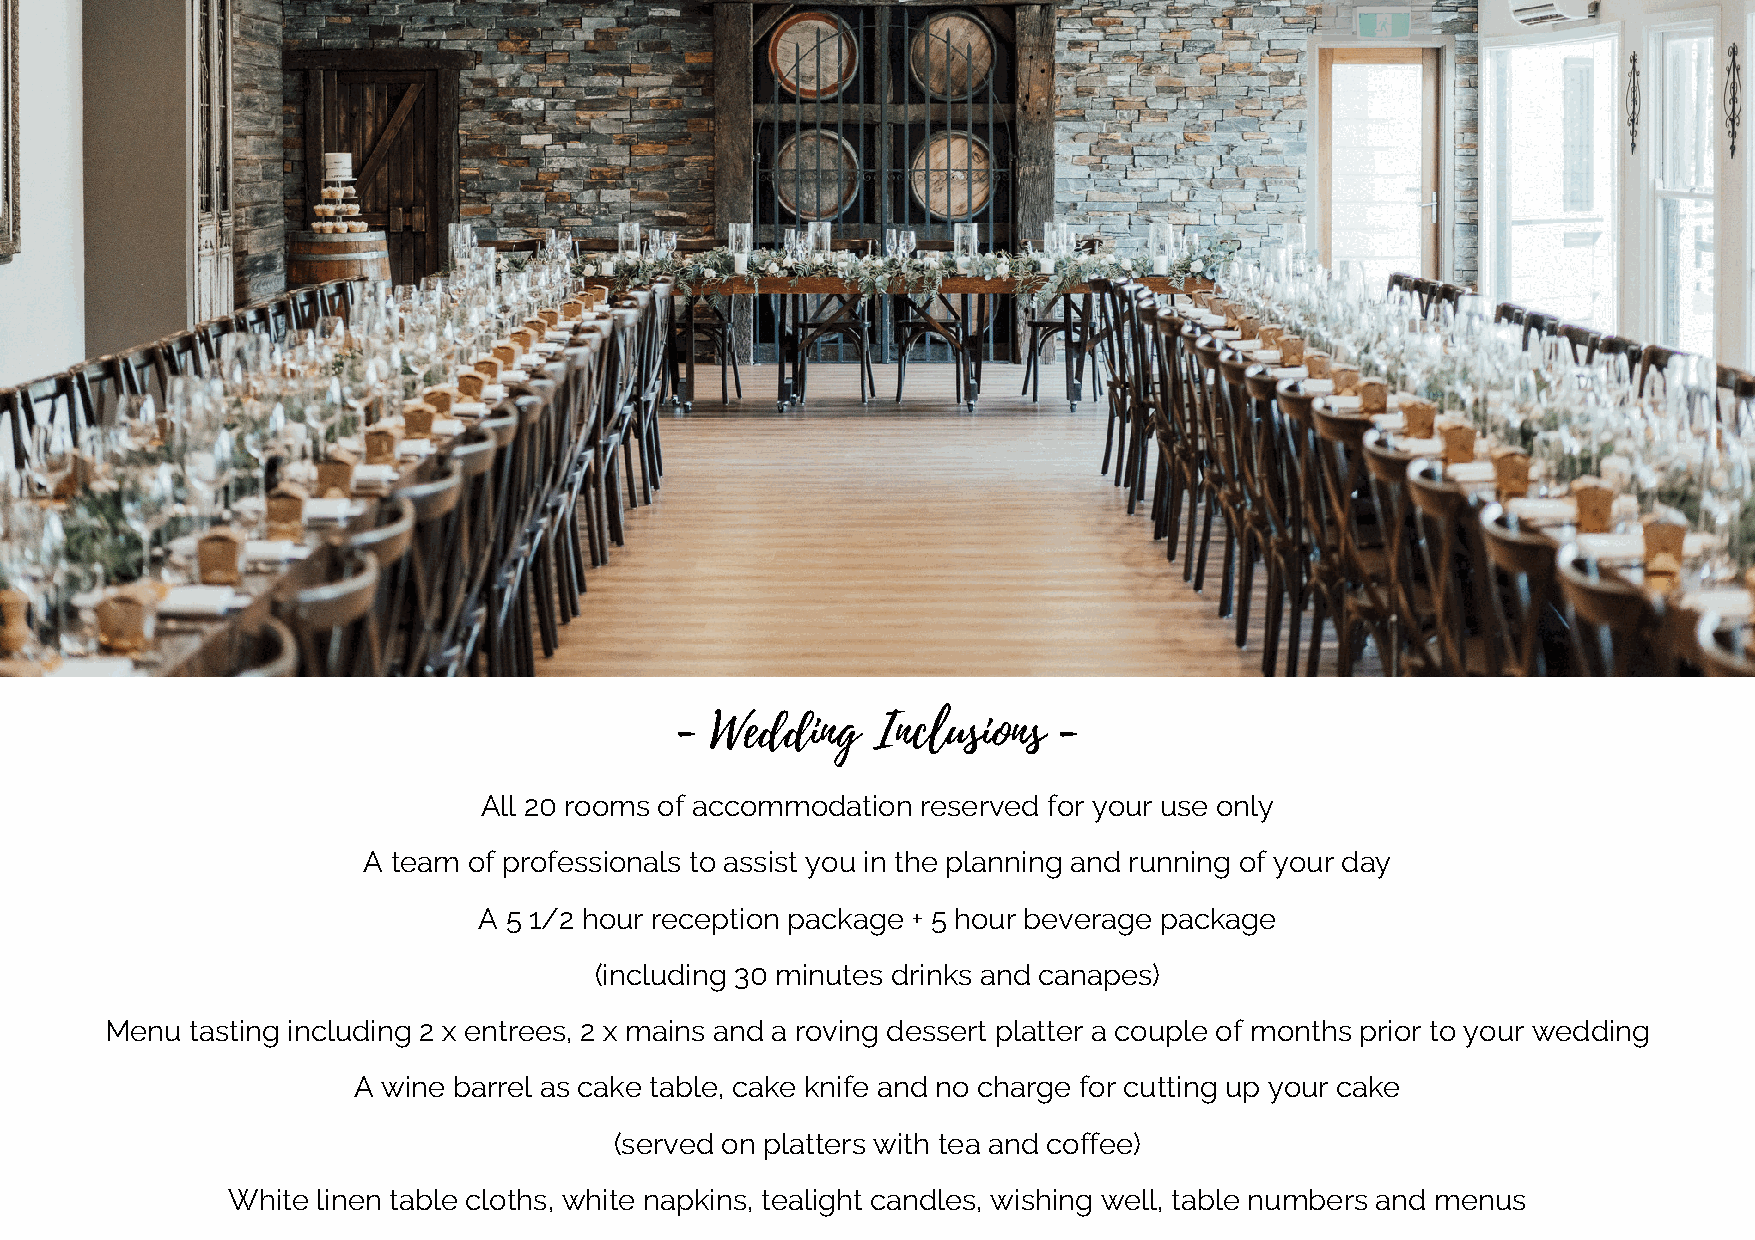
- Wedding    Inclusions  -
 All 20 rooms of accommodation reserved for your use only
 A team of professionals to assist you in the planning and running of your day
 A 5 1/2 hour reception package + 5 hour beverage package
 (including 30 minutes drinks and canapes)
 Menu  tasting including 2 x entrees, 2 x mains and a roving dessert platter a couple of months prior to your wedding
 A wine barrel as cake table, cake knife and no charge for cutting up your cake
 (served on platters with tea and coffee)
 White linen table cloths, white napkins, tealight candles, wishing well, table numbers and menus